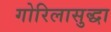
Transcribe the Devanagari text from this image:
गोरिलासुद्धा